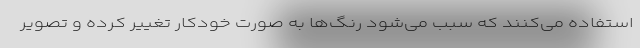
استفاده می‌کنند که سبب می‌شود رنگ‌ها به صورت خودکار تغییر کرده و تصویر